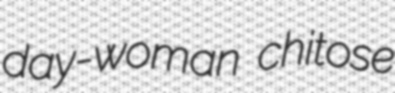
day-woman chitose